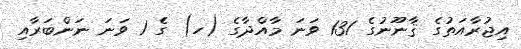
އިޖުރާއަތުގެ ޤާނޫނުގެ 131 ވަނަ މާއްދާގެ (ހ) ގެ 1 ވަނަ ނަންބަރާއި